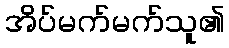
အိပ်မက်မက်သူ၏